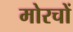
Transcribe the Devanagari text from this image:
मोरचों